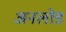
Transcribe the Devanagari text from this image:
अनलोड